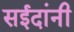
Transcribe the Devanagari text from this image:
सईदांनी